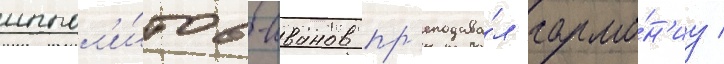
иппол'и́тов-иванов пр'еподава́л гармо́н'иу /